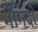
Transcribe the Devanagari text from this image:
मेगिदो